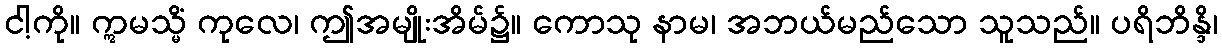
ငါ့ကို။ ဣမသ္မိံ ကုလေ၊ ဤအမျိုးအိမ်၌။ ကောသု နာမ၊ အဘယ်မည်သော သူသည်။ ပရိဘိန္ဒိ၊